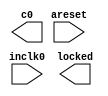
// megafunction wizard: %ALTPLL%VBB%
// GENERATION: STANDARD
// VERSION: WM1.0
// MODULE: altpll 

// ============================================================
// Megafunction Name(s):
// 			altpll
//
// Simulation Library Files(s):
// 			altera_mf
// ============================================================
// ************************************************************
// THIS IS A WIZARD-GENERATED FILE. DO NOT EDIT THIS FILE!
//
// 18.1.1 Build 646 04/11/2019 SJ Standard Edition
// ************************************************************

//Copyright (C) 2019  Intel Corporation. All rights reserved.
//Your use of Intel Corporation's design tools, logic functions 
//and other software and tools, and any partner logic 
//functions, and any output files from any of the foregoing 
//(including device programming or simulation files), and any 
//associated documentation or information are expressly subject 
//to the terms and conditions of the Intel Program License 
//Subscription Agreement, the Intel Quartus Prime License Agreement,
//the Intel FPGA IP License Agreement, or other applicable license
//agreement, including, without limitation, that your use is for
//the sole purpose of programming logic devices manufactured by
//Intel and sold by Intel or its authorized distributors.  Please
//refer to the applicable agreement for further details, at
//https://fpgasoftware.intel.com/eula.

module pll125MHz (
	areset,
	inclk0,
	c0,
	locked);

	input	  areset;
	input	  inclk0;
	output	  c0;
	output	  locked;
`ifndef ALTERA_RESERVED_QIS
// synopsys translate_off
`endif
	tri0	  areset;
`ifndef ALTERA_RESERVED_QIS
// synopsys translate_on
`endif

endmodule

// ============================================================
// CNX file retrieval info
// ============================================================
// Retrieval info: PRIVATE: ACTIVECLK_CHECK STRING "0"
// Retrieval info: PRIVATE: BANDWIDTH STRING "1.000"
// Retrieval info: PRIVATE: BANDWIDTH_FEATURE_ENABLED STRING "1"
// Retrieval info: PRIVATE: BANDWIDTH_FREQ_UNIT STRING "MHz"
// Retrieval info: PRIVATE: BANDWIDTH_PRESET STRING "Low"
// Retrieval info: PRIVATE: BANDWIDTH_USE_AUTO STRING "1"
// Retrieval info: PRIVATE: BANDWIDTH_USE_PRESET STRING "0"
// Retrieval info: PRIVATE: CLKBAD_SWITCHOVER_CHECK STRING "0"
// Retrieval info: PRIVATE: CLKLOSS_CHECK STRING "0"
// Retrieval info: PRIVATE: CLKSWITCH_CHECK STRING "0"
// Retrieval info: PRIVATE: CNX_NO_COMPENSATE_RADIO STRING "0"
// Retrieval info: PRIVATE: CREATE_CLKBAD_CHECK STRING "0"
// Retrieval info: PRIVATE: CREATE_INCLK1_CHECK STRING "0"
// Retrieval info: PRIVATE: CUR_DEDICATED_CLK STRING "c0"
// Retrieval info: PRIVATE: CUR_FBIN_CLK STRING "c0"
// Retrieval info: PRIVATE: DEVICE_SPEED_GRADE STRING "Any"
// Retrieval info: PRIVATE: DIV_FACTOR0 NUMERIC "1"
// Retrieval info: PRIVATE: DUTY_CYCLE0 STRING "50.00000000"
// Retrieval info: PRIVATE: EFF_OUTPUT_FREQ_VALUE0 STRING "125.000000"
// Retrieval info: PRIVATE: EXPLICIT_SWITCHOVER_COUNTER STRING "0"
// Retrieval info: PRIVATE: EXT_FEEDBACK_RADIO STRING "0"
// Retrieval info: PRIVATE: GLOCKED_COUNTER_EDIT_CHANGED STRING "1"
// Retrieval info: PRIVATE: GLOCKED_FEATURE_ENABLED STRING "0"
// Retrieval info: PRIVATE: GLOCKED_MODE_CHECK STRING "0"
// Retrieval info: PRIVATE: GLOCK_COUNTER_EDIT NUMERIC "1048575"
// Retrieval info: PRIVATE: HAS_MANUAL_SWITCHOVER STRING "1"
// Retrieval info: PRIVATE: INCLK0_FREQ_EDIT STRING "200.000"
// Retrieval info: PRIVATE: INCLK0_FREQ_UNIT_COMBO STRING "MHz"
// Retrieval info: PRIVATE: INCLK1_FREQ_EDIT STRING "100.000"
// Retrieval info: PRIVATE: INCLK1_FREQ_EDIT_CHANGED STRING "1"
// Retrieval info: PRIVATE: INCLK1_FREQ_UNIT_CHANGED STRING "1"
// Retrieval info: PRIVATE: INCLK1_FREQ_UNIT_COMBO STRING "MHz"
// Retrieval info: PRIVATE: INTENDED_DEVICE_FAMILY STRING "Stratix IV"
// Retrieval info: PRIVATE: INT_FEEDBACK__MODE_RADIO STRING "1"
// Retrieval info: PRIVATE: LOCKED_OUTPUT_CHECK STRING "1"
// Retrieval info: PRIVATE: LONG_SCAN_RADIO STRING "1"
// Retrieval info: PRIVATE: LVDS_MODE_DATA_RATE STRING "Not Available"
// Retrieval info: PRIVATE: LVDS_MODE_DATA_RATE_DIRTY NUMERIC "0"
// Retrieval info: PRIVATE: LVDS_PHASE_SHIFT_UNIT0 STRING "deg"
// Retrieval info: PRIVATE: MIG_DEVICE_SPEED_GRADE STRING "Any"
// Retrieval info: PRIVATE: MULT_FACTOR0 NUMERIC "1"
// Retrieval info: PRIVATE: NORMAL_MODE_RADIO STRING "1"
// Retrieval info: PRIVATE: OUTPUT_FREQ0 STRING "125.00000000"
// Retrieval info: PRIVATE: OUTPUT_FREQ_MODE0 STRING "1"
// Retrieval info: PRIVATE: OUTPUT_FREQ_UNIT0 STRING "MHz"
// Retrieval info: PRIVATE: PHASE_RECONFIG_FEATURE_ENABLED STRING "1"
// Retrieval info: PRIVATE: PHASE_RECONFIG_INPUTS_CHECK STRING "0"
// Retrieval info: PRIVATE: PHASE_SHIFT0 STRING "0.00000000"
// Retrieval info: PRIVATE: PHASE_SHIFT_STEP_ENABLED_CHECK STRING "0"
// Retrieval info: PRIVATE: PHASE_SHIFT_UNIT0 STRING "deg"
// Retrieval info: PRIVATE: PLL_ADVANCED_PARAM_CHECK STRING "0"
// Retrieval info: PRIVATE: PLL_ARESET_CHECK STRING "1"
// Retrieval info: PRIVATE: PLL_AUTOPLL_CHECK NUMERIC "1"
// Retrieval info: PRIVATE: PLL_ENHPLL_CHECK NUMERIC "0"
// Retrieval info: PRIVATE: PLL_FASTPLL_CHECK NUMERIC "0"
// Retrieval info: PRIVATE: PLL_FBMIMIC_CHECK STRING "0"
// Retrieval info: PRIVATE: PLL_LVDS_PLL_CHECK NUMERIC "0"
// Retrieval info: PRIVATE: PLL_PFDENA_CHECK STRING "0"
// Retrieval info: PRIVATE: PLL_TARGET_HARCOPY_CHECK NUMERIC "0"
// Retrieval info: PRIVATE: PRIMARY_CLK_COMBO STRING "inclk0"
// Retrieval info: PRIVATE: RECONFIG_FILE STRING "pll125MHz.mif"
// Retrieval info: PRIVATE: SACN_INPUTS_CHECK STRING "0"
// Retrieval info: PRIVATE: SCAN_FEATURE_ENABLED STRING "1"
// Retrieval info: PRIVATE: SELF_RESET_LOCK_LOSS STRING "0"
// Retrieval info: PRIVATE: SHORT_SCAN_RADIO STRING "0"
// Retrieval info: PRIVATE: SPREAD_FEATURE_ENABLED STRING "0"
// Retrieval info: PRIVATE: SPREAD_FREQ STRING "50.000"
// Retrieval info: PRIVATE: SPREAD_FREQ_UNIT STRING "KHz"
// Retrieval info: PRIVATE: SPREAD_PERCENT STRING "0.500"
// Retrieval info: PRIVATE: SPREAD_USE STRING "0"
// Retrieval info: PRIVATE: SRC_SYNCH_COMP_RADIO STRING "0"
// Retrieval info: PRIVATE: STICKY_CLK0 STRING "1"
// Retrieval info: PRIVATE: SWITCHOVER_COUNT_EDIT NUMERIC "1"
// Retrieval info: PRIVATE: SWITCHOVER_FEATURE_ENABLED STRING "1"
// Retrieval info: PRIVATE: SYNTH_WRAPPER_GEN_POSTFIX STRING "0"
// Retrieval info: PRIVATE: USE_CLK0 STRING "1"
// Retrieval info: PRIVATE: USE_MIL_SPEED_GRADE NUMERIC "0"
// Retrieval info: PRIVATE: ZERO_DELAY_RADIO STRING "0"
// Retrieval info: LIBRARY: altera_mf altera_mf.altera_mf_components.all
// Retrieval info: CONSTANT: BANDWIDTH_TYPE STRING "AUTO"
// Retrieval info: CONSTANT: CLK0_DIVIDE_BY NUMERIC "8"
// Retrieval info: CONSTANT: CLK0_DUTY_CYCLE NUMERIC "50"
// Retrieval info: CONSTANT: CLK0_MULTIPLY_BY NUMERIC "5"
// Retrieval info: CONSTANT: CLK0_PHASE_SHIFT STRING "0"
// Retrieval info: CONSTANT: COMPENSATE_CLOCK STRING "CLK0"
// Retrieval info: CONSTANT: INCLK0_INPUT_FREQUENCY NUMERIC "5000"
// Retrieval info: CONSTANT: INTENDED_DEVICE_FAMILY STRING "Stratix IV"
// Retrieval info: CONSTANT: LPM_TYPE STRING "altpll"
// Retrieval info: CONSTANT: OPERATION_MODE STRING "NORMAL"
// Retrieval info: CONSTANT: PLL_TYPE STRING "AUTO"
// Retrieval info: CONSTANT: PORT_ACTIVECLOCK STRING "PORT_UNUSED"
// Retrieval info: CONSTANT: PORT_ARESET STRING "PORT_USED"
// Retrieval info: CONSTANT: PORT_CLKBAD0 STRING "PORT_UNUSED"
// Retrieval info: CONSTANT: PORT_CLKBAD1 STRING "PORT_UNUSED"
// Retrieval info: CONSTANT: PORT_CLKLOSS STRING "PORT_UNUSED"
// Retrieval info: CONSTANT: PORT_CLKSWITCH STRING "PORT_UNUSED"
// Retrieval info: CONSTANT: PORT_CONFIGUPDATE STRING "PORT_UNUSED"
// Retrieval info: CONSTANT: PORT_FBIN STRING "PORT_UNUSED"
// Retrieval info: CONSTANT: PORT_FBOUT STRING "PORT_UNUSED"
// Retrieval info: CONSTANT: PORT_INCLK0 STRING "PORT_USED"
// Retrieval info: CONSTANT: PORT_INCLK1 STRING "PORT_UNUSED"
// Retrieval info: CONSTANT: PORT_LOCKED STRING "PORT_USED"
// Retrieval info: CONSTANT: PORT_PFDENA STRING "PORT_UNUSED"
// Retrieval info: CONSTANT: PORT_PHASECOUNTERSELECT STRING "PORT_UNUSED"
// Retrieval info: CONSTANT: PORT_PHASEDONE STRING "PORT_UNUSED"
// Retrieval info: CONSTANT: PORT_PHASESTEP STRING "PORT_UNUSED"
// Retrieval info: CONSTANT: PORT_PHASEUPDOWN STRING "PORT_UNUSED"
// Retrieval info: CONSTANT: PORT_PLLENA STRING "PORT_UNUSED"
// Retrieval info: CONSTANT: PORT_SCANACLR STRING "PORT_UNUSED"
// Retrieval info: CONSTANT: PORT_SCANCLK STRING "PORT_UNUSED"
// Retrieval info: CONSTANT: PORT_SCANCLKENA STRING "PORT_UNUSED"
// Retrieval info: CONSTANT: PORT_SCANDATA STRING "PORT_UNUSED"
// Retrieval info: CONSTANT: PORT_SCANDATAOUT STRING "PORT_UNUSED"
// Retrieval info: CONSTANT: PORT_SCANDONE STRING "PORT_UNUSED"
// Retrieval info: CONSTANT: PORT_SCANREAD STRING "PORT_UNUSED"
// Retrieval info: CONSTANT: PORT_SCANWRITE STRING "PORT_UNUSED"
// Retrieval info: CONSTANT: PORT_clk0 STRING "PORT_USED"
// Retrieval info: CONSTANT: PORT_clk1 STRING "PORT_UNUSED"
// Retrieval info: CONSTANT: PORT_clk2 STRING "PORT_UNUSED"
// Retrieval info: CONSTANT: PORT_clk3 STRING "PORT_UNUSED"
// Retrieval info: CONSTANT: PORT_clk4 STRING "PORT_UNUSED"
// Retrieval info: CONSTANT: PORT_clk5 STRING "PORT_UNUSED"
// Retrieval info: CONSTANT: PORT_clk6 STRING "PORT_UNUSED"
// Retrieval info: CONSTANT: PORT_clk7 STRING "PORT_UNUSED"
// Retrieval info: CONSTANT: PORT_clk8 STRING "PORT_UNUSED"
// Retrieval info: CONSTANT: PORT_clk9 STRING "PORT_UNUSED"
// Retrieval info: CONSTANT: PORT_clkena0 STRING "PORT_UNUSED"
// Retrieval info: CONSTANT: PORT_clkena1 STRING "PORT_UNUSED"
// Retrieval info: CONSTANT: PORT_clkena2 STRING "PORT_UNUSED"
// Retrieval info: CONSTANT: PORT_clkena3 STRING "PORT_UNUSED"
// Retrieval info: CONSTANT: PORT_clkena4 STRING "PORT_UNUSED"
// Retrieval info: CONSTANT: PORT_clkena5 STRING "PORT_UNUSED"
// Retrieval info: CONSTANT: SELF_RESET_ON_LOSS_LOCK STRING "OFF"
// Retrieval info: CONSTANT: USING_FBMIMICBIDIR_PORT STRING "OFF"
// Retrieval info: CONSTANT: WIDTH_CLOCK NUMERIC "10"
// Retrieval info: USED_PORT: @clk 0 0 10 0 OUTPUT_CLK_EXT VCC "@clk[9..0]"
// Retrieval info: USED_PORT: areset 0 0 0 0 INPUT GND "areset"
// Retrieval info: USED_PORT: c0 0 0 0 0 OUTPUT_CLK_EXT VCC "c0"
// Retrieval info: USED_PORT: inclk0 0 0 0 0 INPUT_CLK_EXT GND "inclk0"
// Retrieval info: USED_PORT: locked 0 0 0 0 OUTPUT GND "locked"
// Retrieval info: CONNECT: @areset 0 0 0 0 areset 0 0 0 0
// Retrieval info: CONNECT: @inclk 0 0 1 1 GND 0 0 0 0
// Retrieval info: CONNECT: @inclk 0 0 1 0 inclk0 0 0 0 0
// Retrieval info: CONNECT: c0 0 0 0 0 @clk 0 0 1 0
// Retrieval info: CONNECT: locked 0 0 0 0 @locked 0 0 0 0
// Retrieval info: GEN_FILE: TYPE_NORMAL pll125MHz.v TRUE
// Retrieval info: GEN_FILE: TYPE_NORMAL pll125MHz.ppf TRUE
// Retrieval info: GEN_FILE: TYPE_NORMAL pll125MHz.inc FALSE
// Retrieval info: GEN_FILE: TYPE_NORMAL pll125MHz.cmp FALSE
// Retrieval info: GEN_FILE: TYPE_NORMAL pll125MHz.bsf FALSE
// Retrieval info: GEN_FILE: TYPE_NORMAL pll125MHz_inst.v FALSE
// Retrieval info: GEN_FILE: TYPE_NORMAL pll125MHz_bb.v TRUE
// Retrieval info: LIB_FILE: altera_mf
// Retrieval info: CBX_MODULE_PREFIX: ON